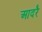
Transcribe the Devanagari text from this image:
आदरै